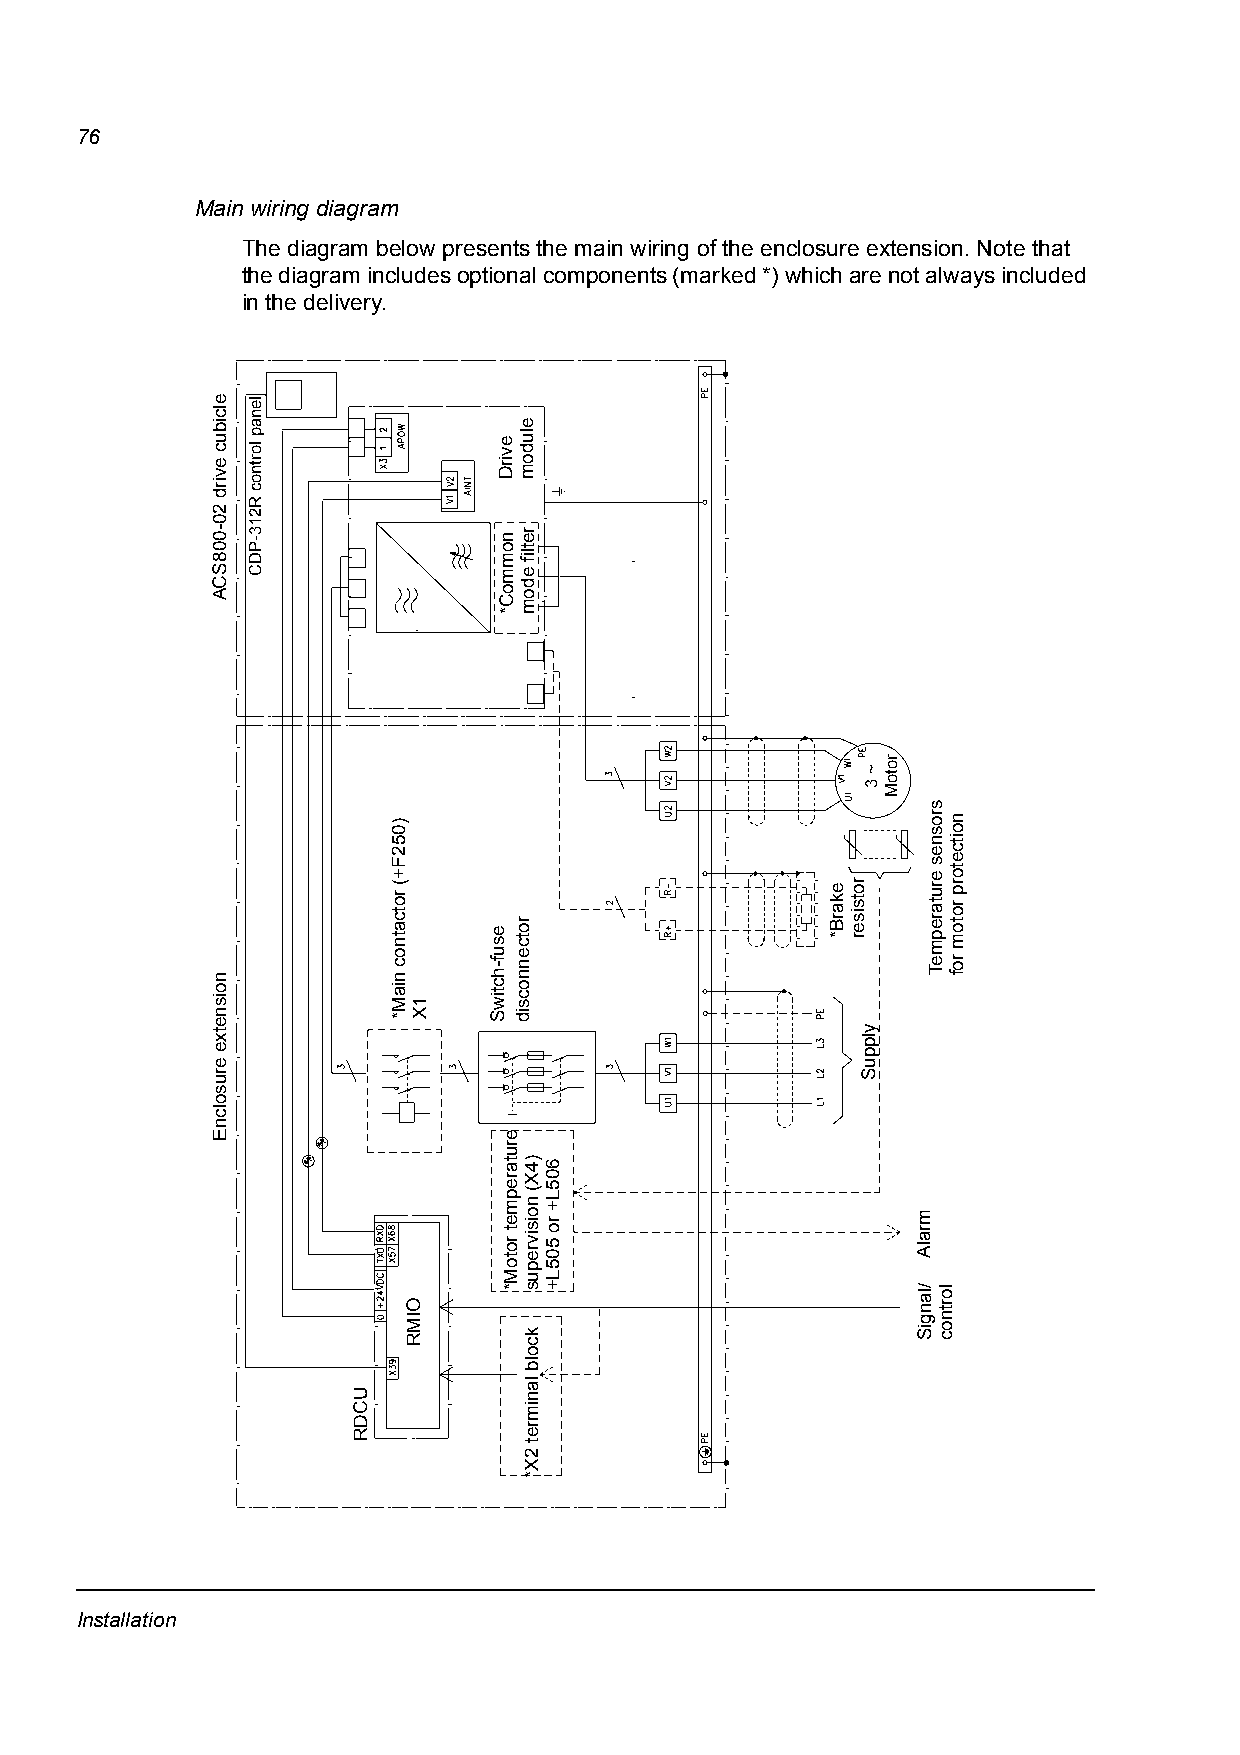
76
 Main wiring diagram
 The diagram below presents the main wiring of the enclosure extension. Note that
 the diagram includes optional components (marked *) which are not always included
 in the delivery.
 Installation
 elcibuc
 evird
 20-008SCA
 noisnetxe
 erusolcnE
 lenap
 lortnoc
 R213-PDC
 UCDR
 )052F+(
 rotcatnoc
 niaM*
 OIMR
 1X
 esuf-hctiwS
 evirD
 nommoC*
 erutarepmet
 rotoM*
 eludom
 retlif
 edom
 rotcennocsid
 )4X(
 noisivrepus
 kcolb
 lanimret
 2X*
 605L+
 ro
 505L+
 ekarB* rotsiser
 ~
 3
 ylppuS
 rotoM
 mralA
 /langiS
 srosnes
 erutarepmeT
 lortnoc
 noitcetorp
 rotom
 rof